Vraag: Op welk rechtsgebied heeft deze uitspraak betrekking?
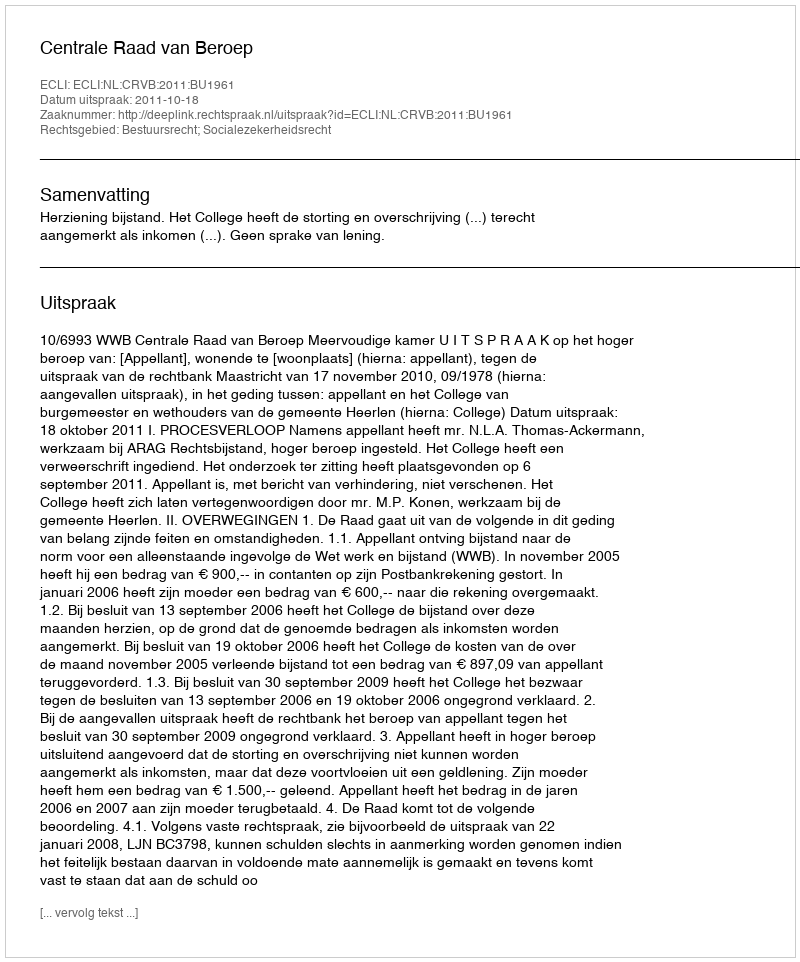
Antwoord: Bestuursrecht; Socialezekerheidsrecht